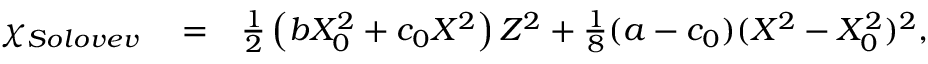
\begin{array} { r l r } { \chi _ { S o l o v e v } } & { { } = } & { \frac 1 2 \left( b X _ { 0 } ^ { 2 } + c _ { 0 } X ^ { 2 } \right) Z ^ { 2 } + \frac 1 8 ( a - c _ { 0 } ) ( X ^ { 2 } - X _ { 0 } ^ { 2 } ) ^ { 2 } , } \end{array}